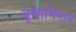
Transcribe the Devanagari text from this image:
वृथाभिमान